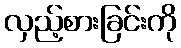
လှည့်စားခြင်းကို